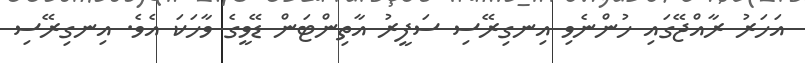
އަހަރު ރާއްޖޭގައި ހުންނެވި އިނގިރޭސި ސަފީރު އާތިންޓަން ޑޭވީގެ ވާހަކަ އެވެ. އިނގިރޭސި